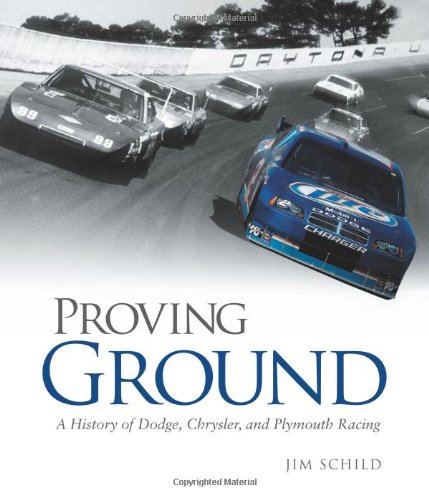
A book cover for Proving Ground: A History of Dodge, Chrysler, and Plymouth Racing; Jim Schild; Arts & Photography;